King Institute of Preventive Medicine Bacteriolog. Section reports 1907-08
Year: 1907
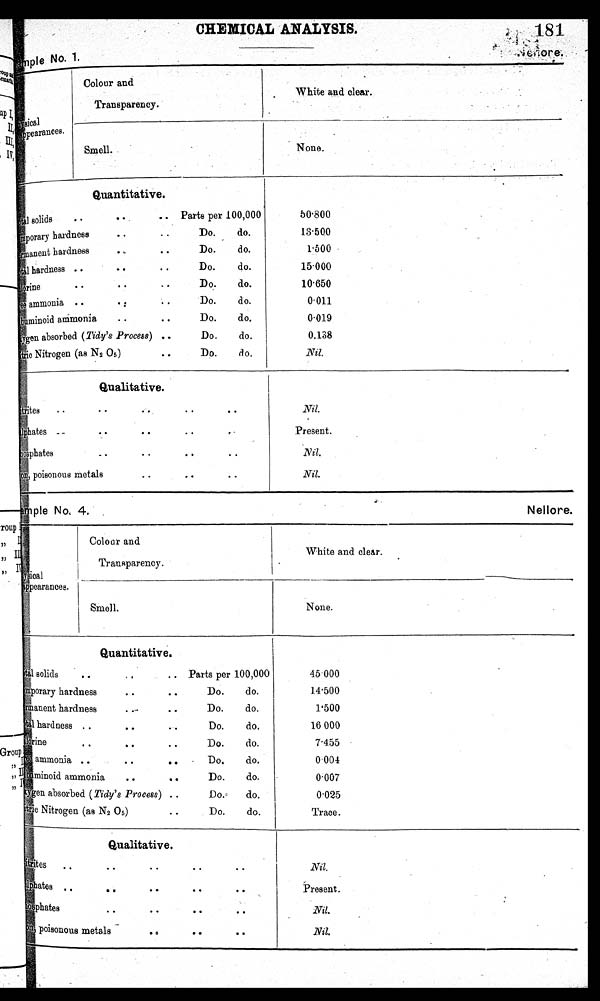
181
Sample No, 4,
Nellore.
CHEMICAL ANALYSIS.
sample No. 1.
.
Physical
pearances.
.
Colour and
Transparency.
White and clear.
None.
Smell.
Quantitative.
T o t a l
Total solids • • .. Parts per 100,000
Temporary hardness • • • • Do. do.
Permanent hardness
• •
Do.
do.
Total hardness .. .. • • Do. do.
Chlorine • • • • Do,. do.
Free ammonia .. • : • • Do. do.
Albuminoid ammonia
..
Do.
do.
Oxygen absorbed (Tidy's Process) .. Do. do.
Nitric
Nitrogen (as N2 05)
..
Do.
do.
50.800
13.500
1.500
15.000
1 0 . 6 5 0
0.011
0.019
0.138
Nil.
Qualitative.
.
Nitrites .. .. • • • •
sulphates ...,
• •
• •
• •
, -
Phosphates
..
• •
• .
•
poisonous metals
• •
..
• •
Nil.
Present.
Nil.
Nil.
,
P h y s i c a l
appearances.
tau
Colour and
Transparency.
White and clear.
Smell.
None.
Quantitative.
Total solids .. .. Parts per 100,000
Temporary hardness
• •
..
Do.
do.
P e r m a n e n t h a r d n e s s
• • • •
• .
D o .
d o .
T o t a l h a r d n e s s
. .
• •
• •
D o .
d o .
C h l o r i n e
• •
• •
• •
D o .
d o .
p
F r e e a m m o n i a
. .
• •
• •
- D o .
d o .
Albuminoid ammonia
• •
• •
Do.
do.
O x y g e n a b s o r b e d
( T i d y ' s P r o c e s s )
. .
D o .
d o .
N i t r i c
Nitrogen (as N2 0 5 )
• •
Do.
do.
45.000
1 4 . 5 0 0
1.500
16 000
7.455
0.004
0 . 0 0 7
0.025
Trace.
Qualitative.
Nitrites.. • •
• •
• •
• •
• •
Sulphates ..• •. .. ..
Phosphates • • • • • •
"
.
I ron poi sonous metals • • • • •
.
Present.
Nil.
Nil.